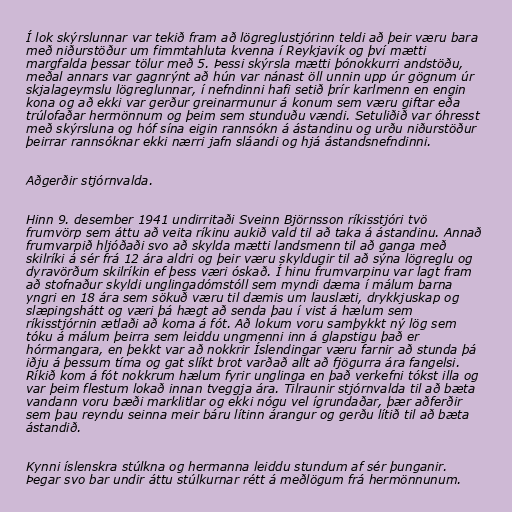
Í lok skýrslunnar var tekið fram að lögreglustjórinn teldi að þeir væru bara
með niðurstöður um fimmtahluta kvenna í Reykjavík og því mætti
margfalda þessar tölur með 5. Þessi skýrsla mætti þónokkurri andstöðu,
meðal annars var gagnrýnt að hún var nánast öll unnin upp úr gögnum úr
skjalageymslu lögreglunnar, í nefndinni hafi setið þrír karlmenn en engin
kona og að ekki var gerður greinarmunur á konum sem væru giftar eða
trúlofaðar hermönnum og þeim sem stunduðu vændi. Setuliðið var óhresst
með skýrsluna og hóf sína eigin rannsókn á ástandinu og urðu niðurstöður
þeirrar rannsóknar ekki nærri jafn sláandi og hjá ástandsnefndinni.

Aðgerðir stjórnvalda.

Hinn 9. desember 1941 undirritaði Sveinn Björnsson ríkisstjóri tvö
frumvörp sem áttu að veita ríkinu aukið vald til að taka á ástandinu. Annað
frumvarpið hljóðaði svo að skylda mætti landsmenn til að ganga með
skilríki á sér frá 12 ára aldri og þeir væru skyldugir til að sýna lögreglu og
dyravörðum skilríkin ef þess væri óskað. Í hinu frumvarpinu var lagt fram
að stofnaður skyldi unglingadómstóll sem myndi dæma í málum barna
yngri en 18 ára sem sökuð væru til dæmis um lauslæti, drykkjuskap og
slæpingshátt og væri þá hægt að senda þau í vist á hælum sem
ríkisstjórnin ætlaði að koma á fót. Að lokum voru samþykkt ný lög sem
tóku á málum þeirra sem leiddu ungmenni inn á glapstigu það er
hórmangara, en þekkt var að nokkrir Íslendingar væru farnir að stunda þá
iðju á þessum tíma og gat slíkt brot varðað allt að fjögurra ára fangelsi.
Ríkið kom á fót nokkrum hælum fyrir unglinga en það verkefni tókst illa og
var þeim flestum lokað innan tveggja ára. Tilraunir stjórnvalda til að bæta
vandann voru bæði marklitlar og ekki nógu vel ígrundaðar, þær aðferðir
sem þau reyndu seinna meir báru lítinn árangur og gerðu lítið til að bæta
ástandið.

Kynni íslenskra stúlkna og hermanna leiddu stundum af sér þunganir.
Þegar svo bar undir áttu stúlkurnar rétt á meðlögum frá hermönnunum.